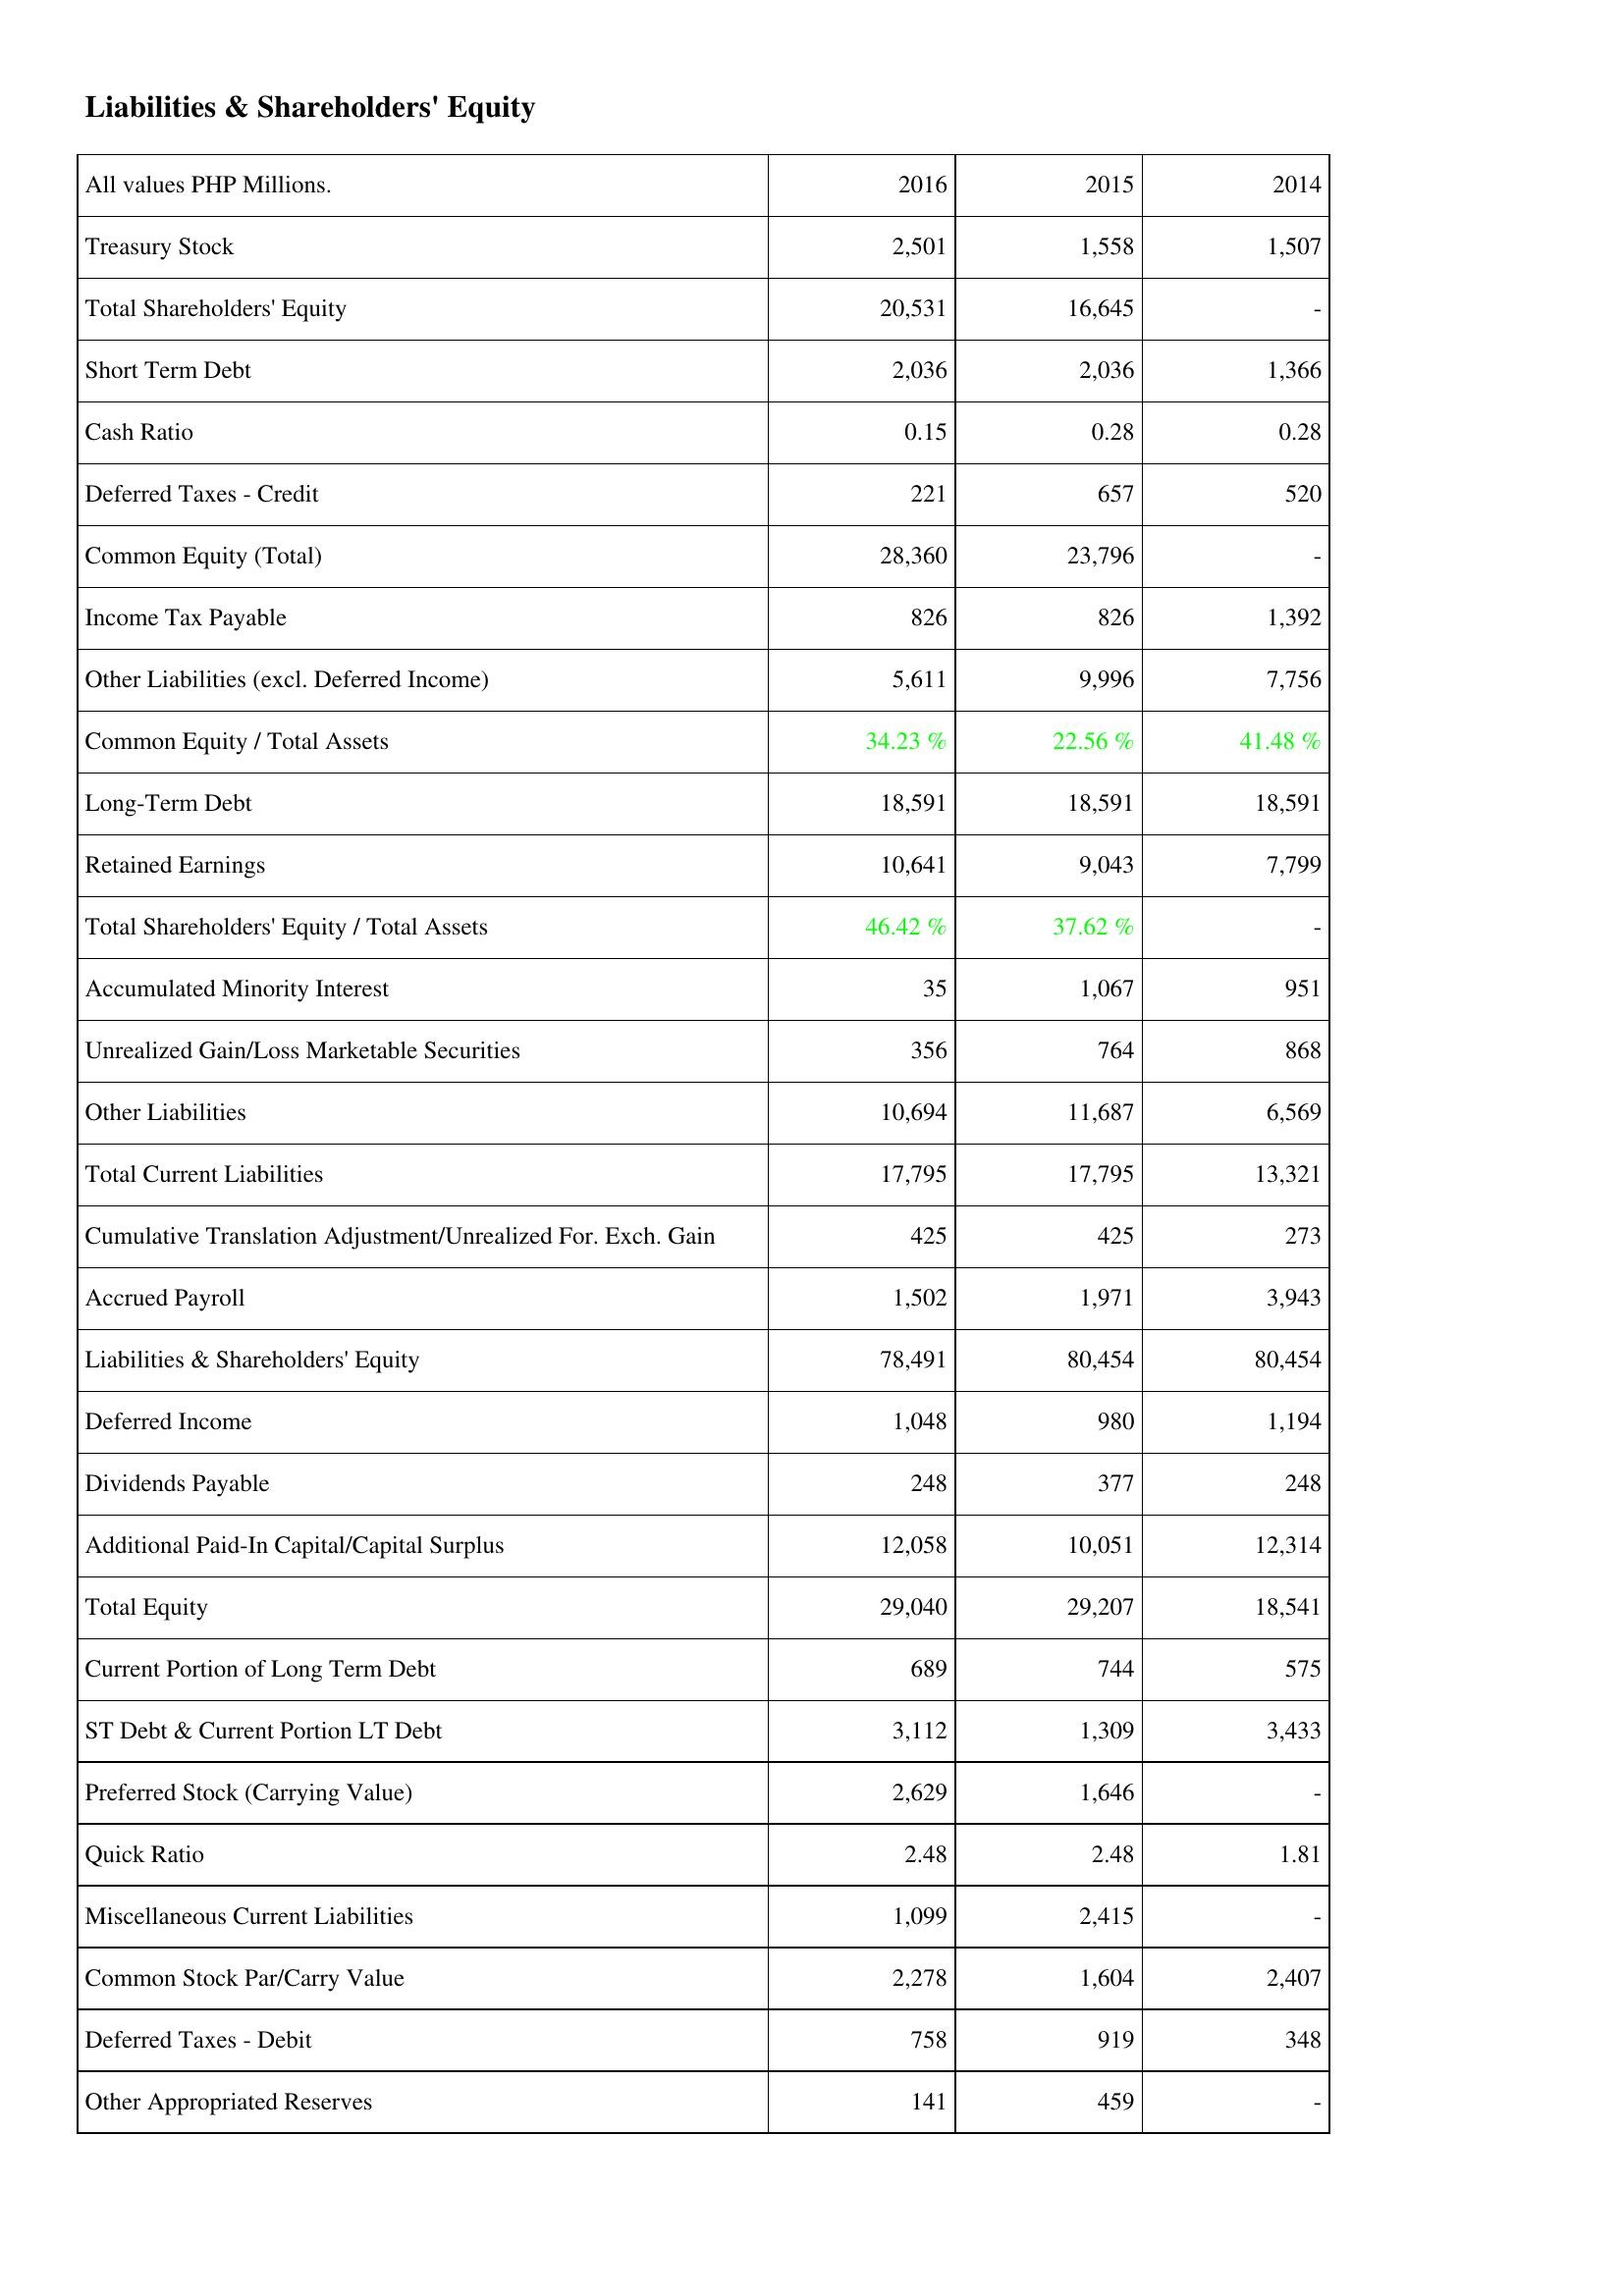
2016: Liabilities & Shareholders' Equity: Treasury Stock: 2,501
Total Shareholders' Equity: 20,531
Short Term Debt: 2,036
Cash Ratio: 0.15
Deferred Taxes - Credit: 221
Common Equity (Total): 28,360
Income Tax Payable: 826
Other Liabilities (excl. Deferred Income): 5,611
Common Equity / Total Assets: 34.23 %
Long-Term Debt: 18,591
Retained Earnings: 10,641
Total Shareholders' Equity / Total Assets: 46.42 %
Accumulated Minority Interest: 35
Unrealized Gain/Loss Marketable Securities: 356
Other Liabilities: 10,694
Total Current Liabilities: 17,795
Cumulative Translation Adjustment/Unrealized For. Exch. Gain: 425
Accrued Payroll: 1,502
Liabilities & Shareholders' Equity: 78,491
Deferred Income: 1,048
Dividends Payable: 248
Additional Paid-In Capital/Capital Surplus: 12,058
Total Equity: 29,040
Current Portion of Long Term Debt: 689
ST Debt & Current Portion LT Debt: 3,112
Preferred Stock (Carrying Value): 2,629
Quick Ratio: 2.48
Miscellaneous Current Liabilities: 1,099
Common Stock Par/Carry Value: 2,278
Deferred Taxes - Debit: 758
Other Appropriated Reserves: 141
2015: Liabilities & Shareholders' Equity: Treasury Stock: 1,558
Total Shareholders' Equity: 16,645
Short Term Debt: 2,036
Cash Ratio: 0.28
Deferred Taxes - Credit: 657
Common Equity (Total): 23,796
Income Tax Payable: 826
Other Liabilities (excl. Deferred Income): 9,996
Common Equity / Total Assets: 22.56 %
Long-Term Debt: 18,591
Retained Earnings: 9,043
Total Shareholders' Equity / Total Assets: 37.62 %
Accumulated Minority Interest: 1,067
Unrealized Gain/Loss Marketable Securities: 764
Other Liabilities: 11,687
Total Current Liabilities: 17,795
Cumulative Translation Adjustment/Unrealized For. Exch. Gain: 425
Accrued Payroll: 1,971
Liabilities & Shareholders' Equity: 80,454
Deferred Income: 980
Dividends Payable: 377
Additional Paid-In Capital/Capital Surplus: 10,051
Total Equity: 29,207
Current Portion of Long Term Debt: 744
ST Debt & Current Portion LT Debt: 1,309
Preferred Stock (Carrying Value): 1,646
Quick Ratio: 2.48
Miscellaneous Current Liabilities: 2,415
Common Stock Par/Carry Value: 1,604
Deferred Taxes - Debit: 919
Other Appropriated Reserves: 459
2014: Liabilities & Shareholders' Equity: Treasury Stock: 1,507
Total Shareholders' Equity: -
Short Term Debt: 1,366
Cash Ratio: 0.28
Deferred Taxes - Credit: 520
Common Equity (Total): -
Income Tax Payable: 1,392
Other Liabilities (excl. Deferred Income): 7,756
Common Equity / Total Assets: 41.48 %
Long-Term Debt: 18,591
Retained Earnings: 7,799
Total Shareholders' Equity / Total Assets: -
Accumulated Minority Interest: 951
Unrealized Gain/Loss Marketable Securities: 868
Other Liabilities: 6,569
Total Current Liabilities: 13,321
Cumulative Translation Adjustment/Unrealized For. Exch. Gain: 273
Accrued Payroll: 3,943
Liabilities & Shareholders' Equity: 80,454
Deferred Income: 1,194
Dividends Payable: 248
Additional Paid-In Capital/Capital Surplus: 12,314
Total Equity: 18,541
Current Portion of Long Term Debt: 575
ST Debt & Current Portion LT Debt: 3,433
Preferred Stock (Carrying Value): -
Quick Ratio: 1.81
Miscellaneous Current Liabilities: -
Common Stock Par/Carry Value: 2,407
Deferred Taxes - Debit: 348
Other Appropriated Reserves: -